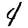
Digit: 4